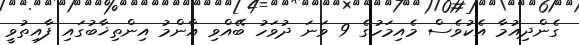
ގެންދިއުމާ އެކުވެސް މެއިމަހުގެ 9 ވަނަ ދުވަހު ބޭއްވި އާންމު އިންތިޚާބުގައި ފާއިތުވީ